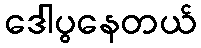
ဒေါပွနေတယ်